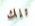
تلك